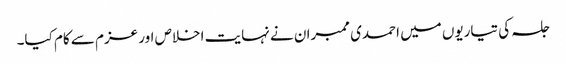
جلسہ کی تیاریوں میں احمدی ممبران نے نہایت اخلاص اور عزم سے کام کیا۔